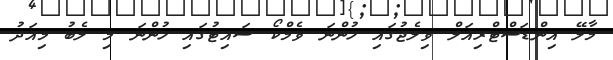
މާލޭ އިންޑަސްޓްރިއަލް ވިލެޖުގައި ހުންނަ ވެމްކޯ ސައިޓުގައި ހުންނަ މި ލެބު މިއަދު